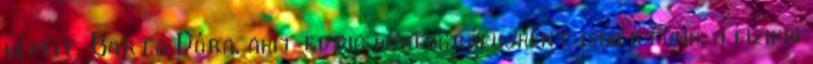
képeit. Barta Dóra, akit eddig koreográfusként ismertünk, a fizikai